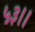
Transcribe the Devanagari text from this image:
५३।।